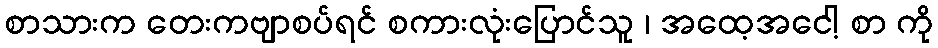
စာသားက တေးကဗျာစပ်ရင် စကားလုံးပြောင်သူ ၊ အထေ့အငေါ့ စာ ကို